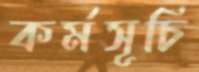
কর্মসূচি